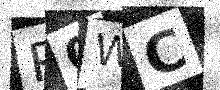
Text: R0WC